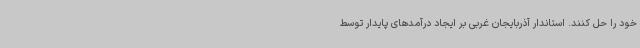
خود را حل کنند. استاندار آذربایجان غربی بر ایجاد درآمدهای پایدار توسط